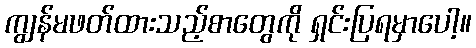
ကျွန်မဖတ်ထားသည့်စာတွေကို ရှင်းပြရမှာပေါ့။